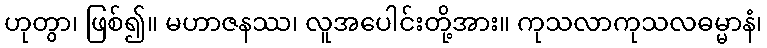
ဟုတွာ၊ ဖြစ်၍။ မဟာဇနဿ၊ လူအပေါင်းတို့အား။ ကုသလာကုသလဓမ္မာနံ၊